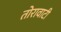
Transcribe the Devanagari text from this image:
तोरावाटी